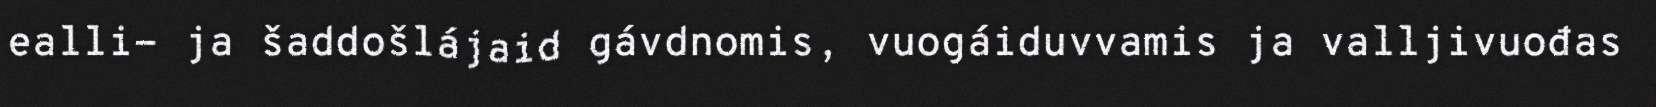
ealli- ja šaddošlájaid gávdnomis, vuogáiduvvamis ja valljivuođas